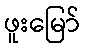
ဖူးမြော်